Medical and sanitary report of the native army of Bengal for the year
Year: 1877
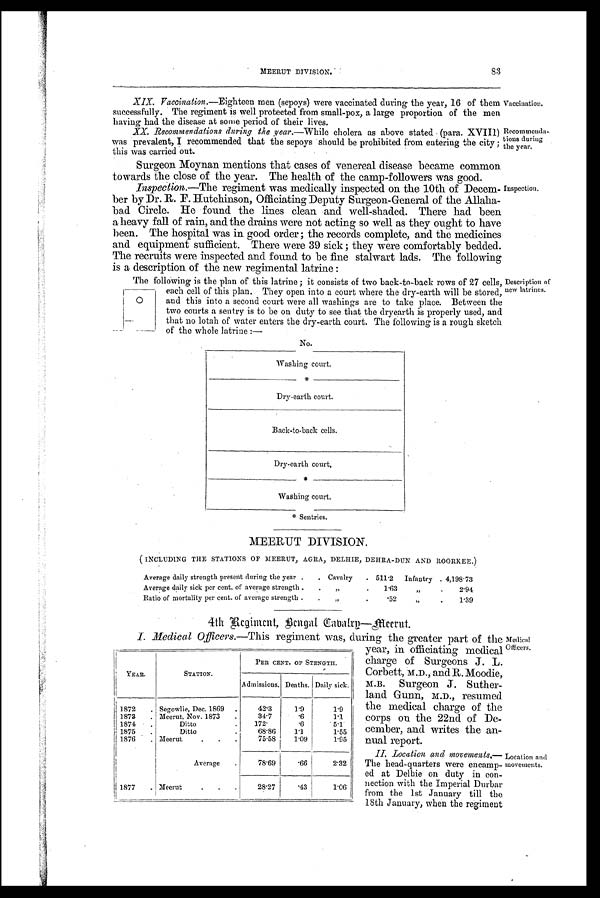
83
MEERUT DIVISION.
XIX.
XIX. Vaccination.—Eighteen men (sepoys) were vaccinated during the year, 16 of them
successfully. The regiment is well protected from small-pox, a large proportion of the men
having had the disease at some period of their lives.
XX.
XX. Recommendations during the year.—While cholera as above stated . (para. XVIII)
was prevalent, I recommended that the sepoys should be prohibited from entering the city;
this was carried out.
Surgeon Moynan mentions that cases of venereal disease became common
towards the close of the year. The health of the camp-followers was good.
Inspection.—The regiment was medically inspected on the 10th of Decem-
ber by Dr. R. F. Hutchinson, Officiating Deputy Surgeon-General of the Allaha-
bad Circle. He found the lines clean and well-shaded. There had been
a heavy fall of rain, and the drains were not acting so well as they ought to have
been. The hospital was in good order; the records complete, and the medicines
and equipment sufficient. There were 39 sick ; they were comfortably bedded.
The recruits were inspected and found to be fine stalwart lads. The following
is a description of the new regimental latrine :
Vaccination.
Recommenda-
tions during
the year.
Inspection.
The following is the plan of this latrine ; it consists of two back-to-back rows of 27 cells,
each cell of this plan. They open into a court where the dry-earth will be stored,
and this into a second court were all washings are to take place. Between the
two courts a sentry is to be on duty to see that the dryearth is properly used, and
that no lotah of water enters the dry-earth court. The following is a rough sketch
of the whole latrine :—
No.
Washing court.
*
Dry-earth court.
Back-to-back cells.
Dry-earth court.
*
Washing court.
* Sentries.
MEERUT DIVISION.
( INCLUDING THE STATIONS OF MEERUT, AGRA, DELHIE, DEHRA-DUN AND ROORKEE.)
Average daily strength present during the year .
. Cavalry
. 511.2
Infantry . 4,198.73
Average daily sick per cent. of average strength .
„
. 1.63
„
.
2.94
Ratio of mortality per cent. of average strength .
.
„ .
.52
„
.
1.39
4th
Regiment, Bengal Cabalry—Meerut.
0
Description of
new latrines.
I. Medical Officers.—Thisr e g i m e n t w a s , d u r i n g t h e g r e a t e r p a r t o f t h e
year, in officiating medical
charge of Surgeons J. L.
Corbett, M.D., and R. Moodie,
M.B. Surgeon J. Suther-
land Gunn, M.D., resumed
the medical charge of the
corps on the 22nd of De-
cember, and writes the an-
nual report.
II. Location and movements
. — T
he head-quarters were encamp-
ed at Delhie on duty in con-
nection with the Imperial Durbar
from the 1st January till the
18th January, when the regiment
YEAR.
STATION.
PER CENT. OF STENGTH.
Admissions. Deaths. Daily sick.
1872
. Segowlie, Dec. 1869
.
42.3
1.9
1.9
1 8 7 3 . Meerut, Nov. 1873
.
34.7
. 6
1.1
1 8 7 4 .
Ditto
.
172.
. 6
5.1
1875
.
Ditto
68.86
1.1
1.55
1876
. Meerut
.
.
75.58
1.09
1.95
Average
.
78.69
. 6 6
2.32
1877
. Meerut
.
.
.
28.27
.43
1.06
Medical
Officers.
Location and
movements.